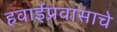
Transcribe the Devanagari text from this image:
हवाईप्रवासाचे